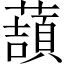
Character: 𧀺